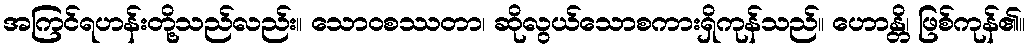
အကြင်ရဟန်းတို့သည်လည်း။ သောဝစဿတာ၊ ဆိုလွယ်သောစကားရှိကုန်သည်။ ဟောန္တိ၊ ဖြစ်ကုန်၏။